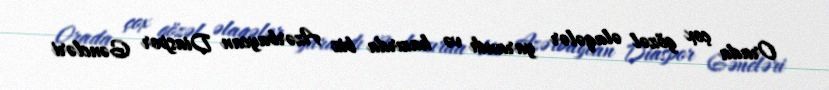
Orada çox gözəl əlaqələr yarandı və hazırda biz Azərbaycan Diaspor Gəncləri